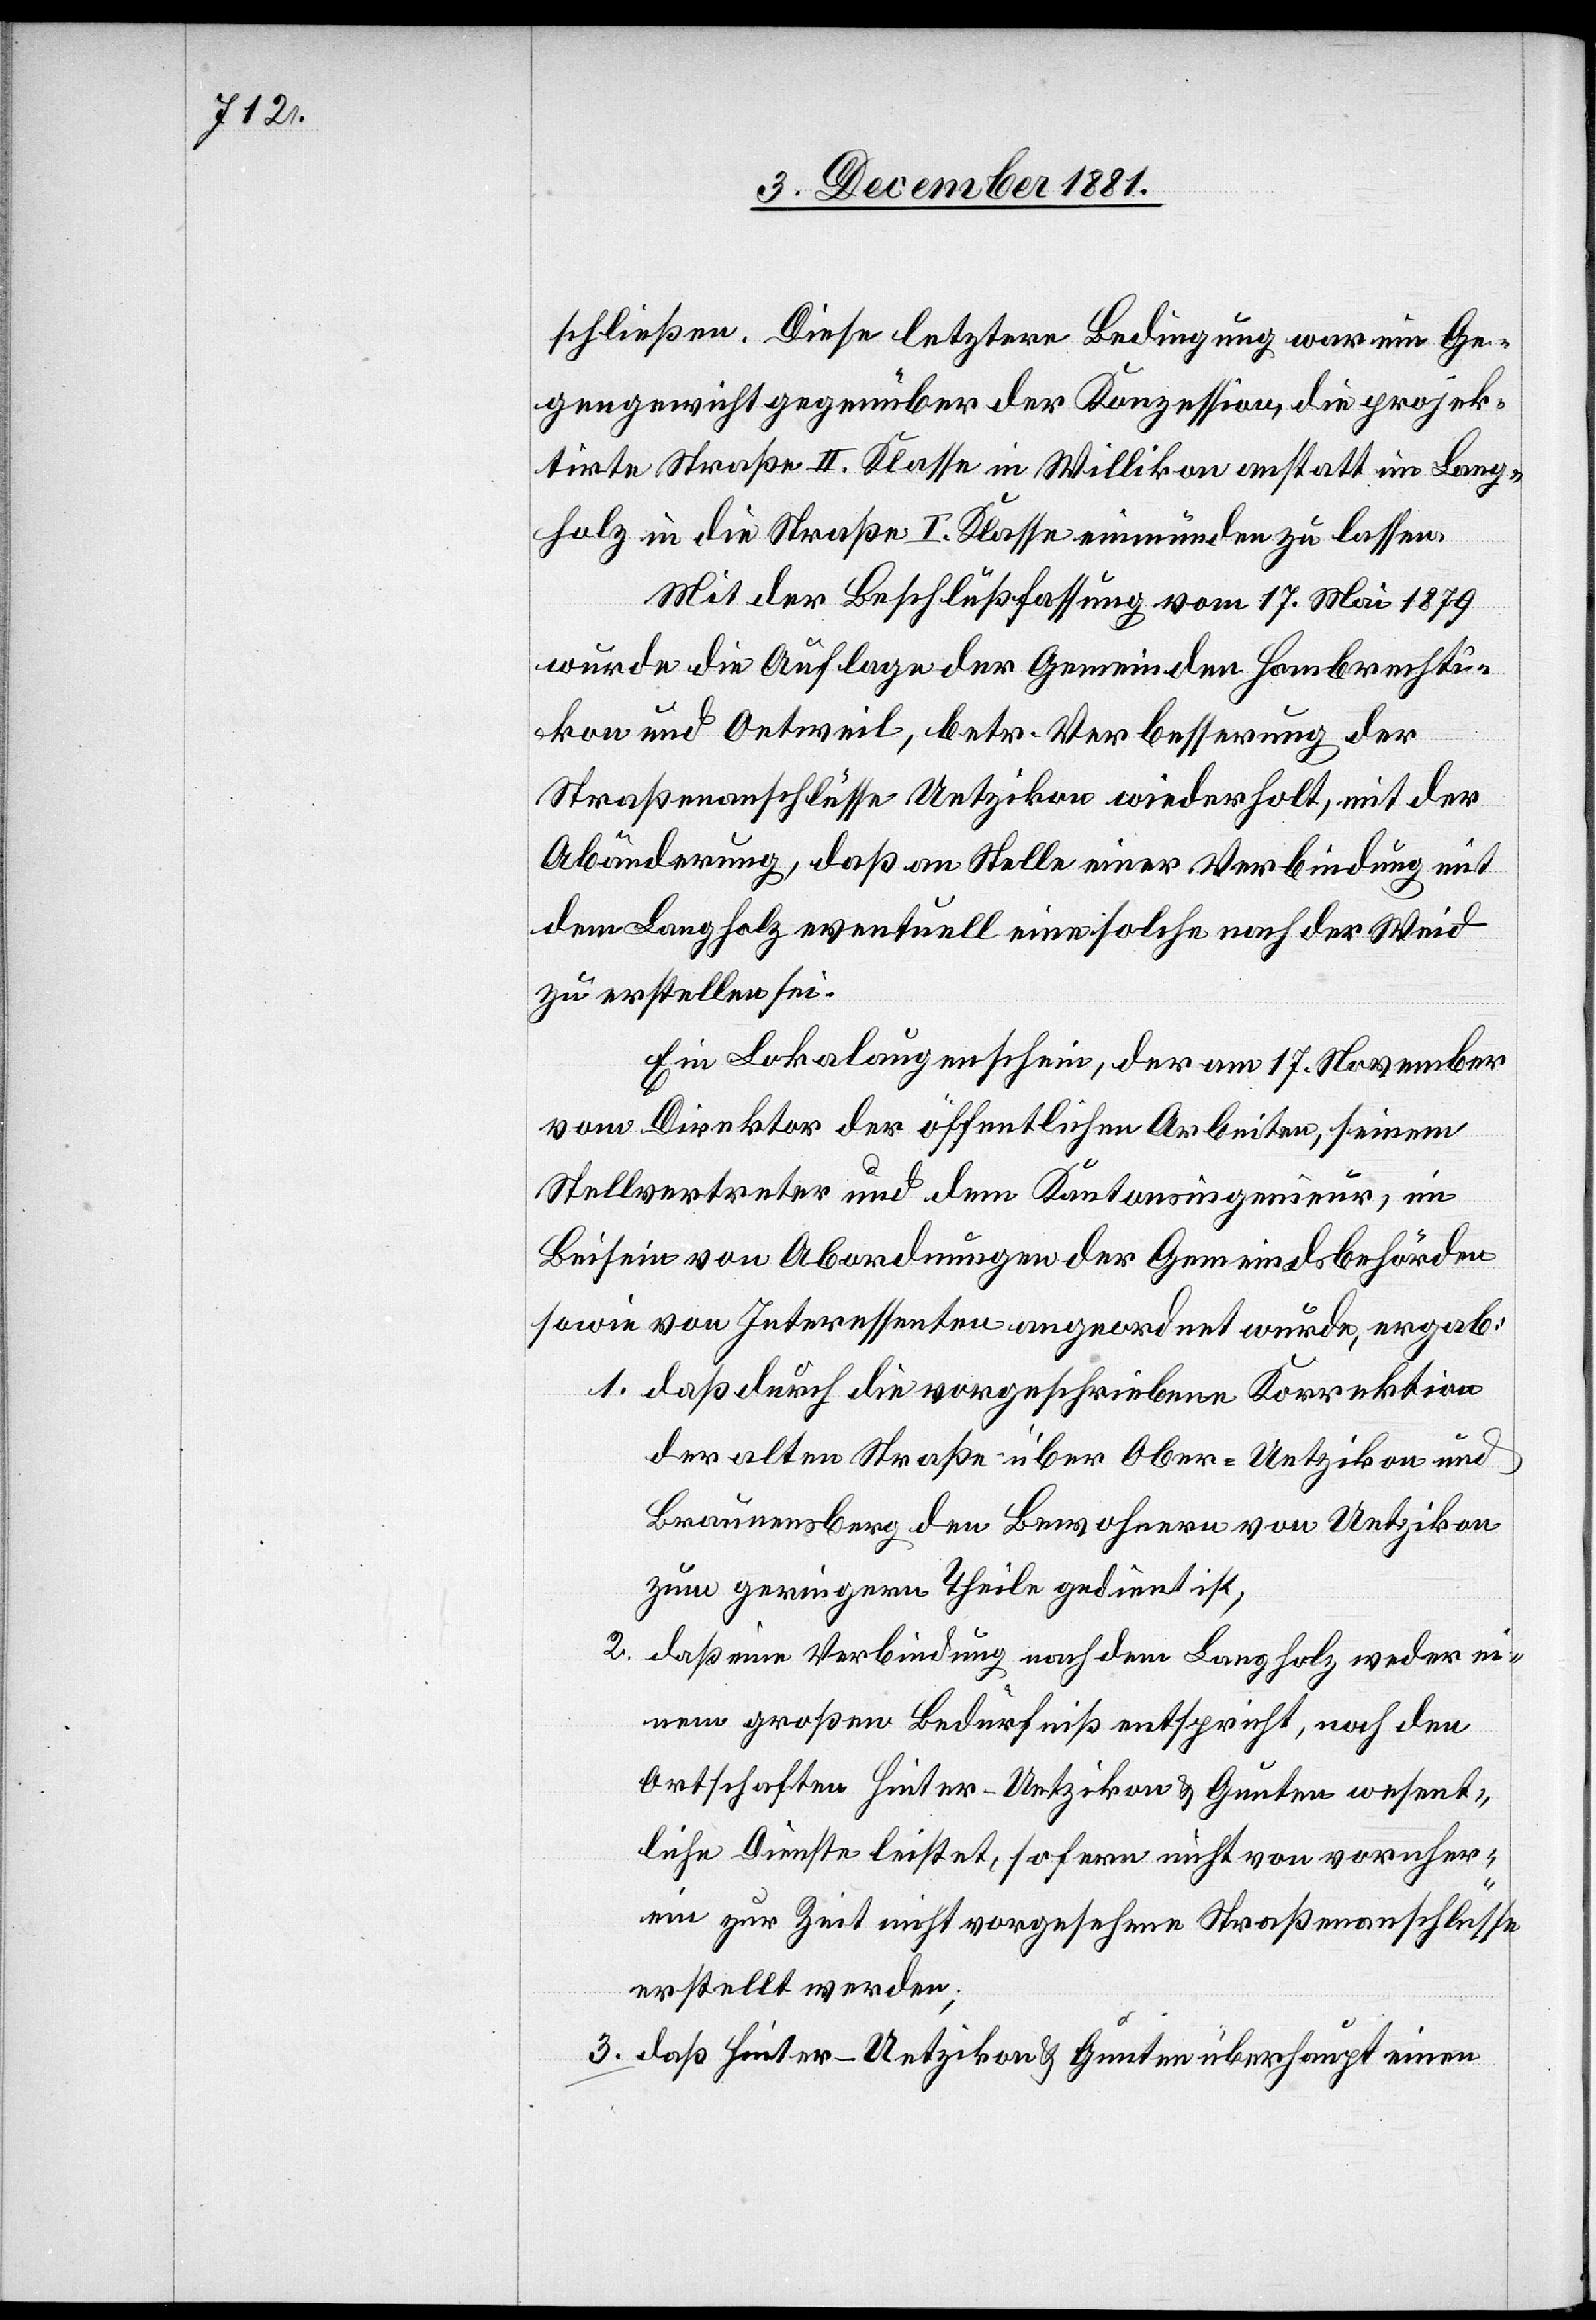
schließen. Diese letztere Bedingung war ein Ge¬
gengewicht gegenüber der Konzession, die projek¬
tirte Straße II. Klasse in Willikon anstatt im Lang¬
holz in die Straße I. Klasse einmünden zu lassen.
Mit der Beschlußfassung vom 17. Mai 1879
wurde die Auflage der Gemeinden Hombrechti¬
kon und Oetweil, betr. Verbesserung der
Straßenanschlüsse Uetzikon wiederholt, mit der
Abänderung, daß an Stelle einer Verbindung mit
dem Langholz eventuell eine solche nach der Weid
zu erstellen sei.
Ein Lokalaugenschein, der am 17. November
vom Direktor der öffentlichen Arbeiten, seinem
Stellvertreter und dem Kantonsingenieur, im
Beisein von Abordnungen der Gemeindsbehörden
sowie von Interessenten angeordnet wurde, ergab:
1. daß durch die vorgeschriebene Korrektion
der alten Straße über Ober-Uetzikon und
Braunensberg den Bewohnern von Uetzikon
zum geringern Theile gedient ist,
2. daß eine Verbindung nach dem Langholz weder ei¬
nem großen Bedürfniß entspricht, noch den
Ortschaften Hinter-Uetzikon & Gunten wesent¬
liche Dienste leistet, sofern nicht von vornher¬
ein zur Zeit nicht vorgesehene Straßenanschlüsse
erstell werden;
3. daß Hinter-Uetzikon & Gunten überhaupt einen